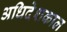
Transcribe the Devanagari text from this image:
अधिदेशकाल